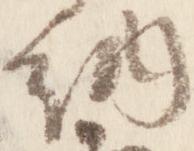
納